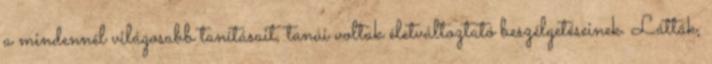
a mindennél világosabb tanításait, tanúi voltak életváltoztató beszélgetéseinek. Látták,